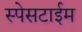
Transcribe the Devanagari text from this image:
स्पेसटाईम